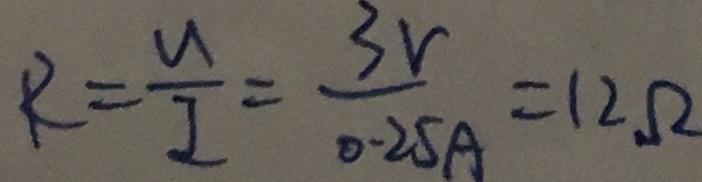
R = \frac { u } { I } = \frac { 3 v } { 0 . 2 5 A } = 1 2 \Omega